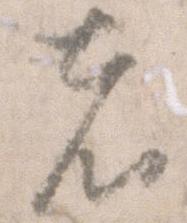
者